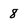
Character: 8